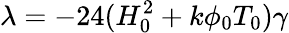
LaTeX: {\lambda}=-24(H_{0}^{2}+k{\phi}_{0}T_{0}){\gamma}